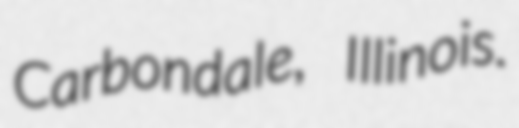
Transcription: Carbondale, Illinois.